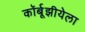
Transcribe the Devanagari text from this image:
कॉर्बूझीयेला